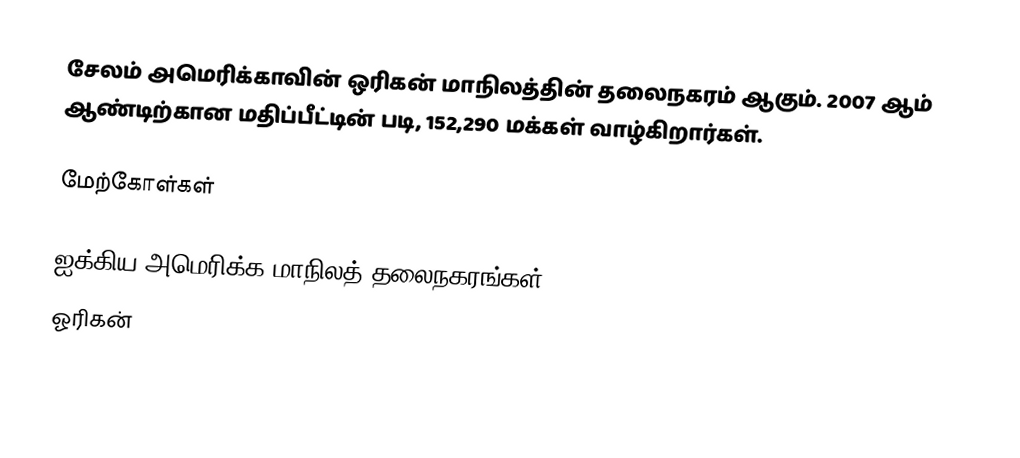
சேலம் அமெரிக்காவின் ஒரிகன் மாநிலத்தின் தலைநகரம் ஆகும். 2007 ஆம் ஆண்டிற்கான மதிப்பீட்டின் படி, 152,290 மக்கள் வாழ்கிறார்கள்.

மேற்கோள்கள்

ஐக்கிய அமெரிக்க மாநிலத் தலைநகரங்கள்
ஓரிகன்